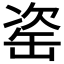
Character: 𦈱